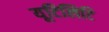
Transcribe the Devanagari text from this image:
यूटिलिटि